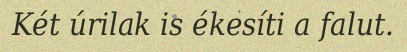
Két úrilak is ékesíti a falut.